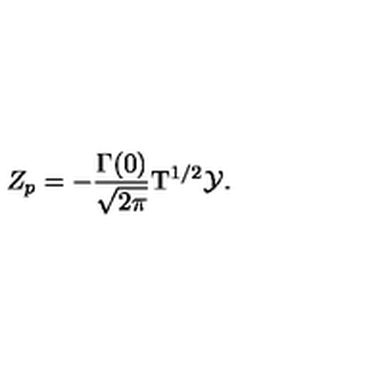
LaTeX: { Z _ { p } } = - { \frac { \Gamma ( 0 ) } { \sqrt { 2 \pi } } } { { \mathrm { T } } ^ { 1 / 2 } } \mathcal { Y } .